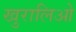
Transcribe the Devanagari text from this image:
खुरालिओ